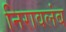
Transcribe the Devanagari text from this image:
निरावलंब